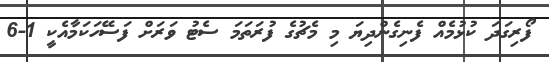
ފޯރިގަދަ ކުޅުމެއް ފެނިގެންދިޔަ މި މެޗުގެ ފުރަތަމަ ސެޓު ވަރަށް ފަސޭހަކަމާއެކީ 1-6